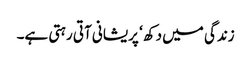
زندگی میں دکھ ‘ پریشانی آتی رہتی ہے۔